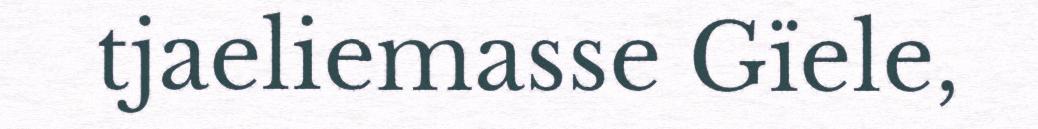
tjaeliemasse Gïele,